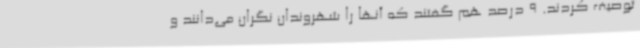
توصیف کردند. 9 درصد هم گفتند که آنها را شهروندان نگران می‌دانند و